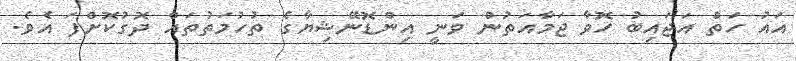
އައު ހަތް އަޖައިބު ހޮވާ ޖަމާއަތުން ވަނީ އިންޑޮނޭޝިޔާގެ ތުހުމަތުތައް ދޮގުކޮށްފަ އެވެ.